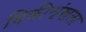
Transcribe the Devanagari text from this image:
विक्रीशृंखला